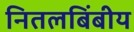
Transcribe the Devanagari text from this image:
नितलबिंबीय